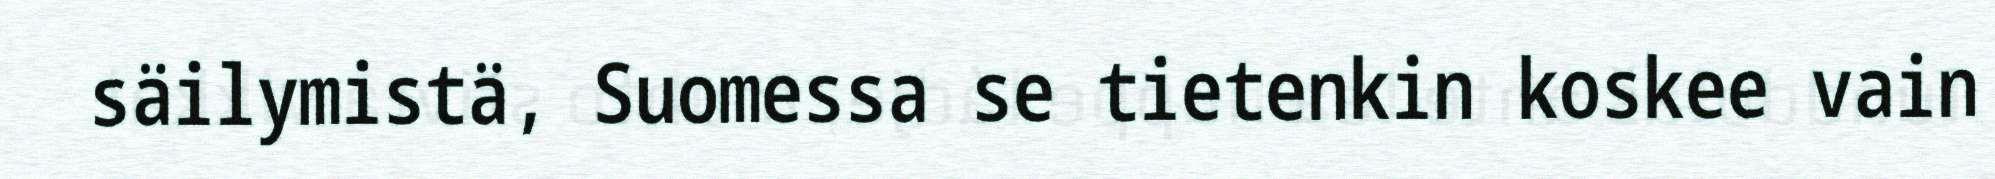
säilymistä, Suomessa se tietenkin koskee vain